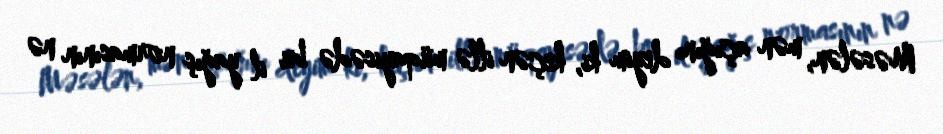
Məsələn, mən açığını deyim ki, keçən illə müqayisədə bu il yağış normasının nə